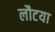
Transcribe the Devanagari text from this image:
लौटया